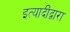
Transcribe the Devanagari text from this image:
इत्यादींद्वारा